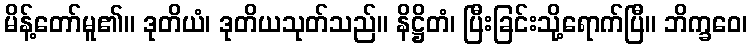
မိန့်တော်မူ၏။ ဒုတိယံ၊ ဒုတိယသုတ်သည်။ နိဋ္ဌိတံ၊ ပြီးခြင်းသို့ရောက်ပြီ။ ဘိက္ခဝေ၊